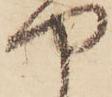
や